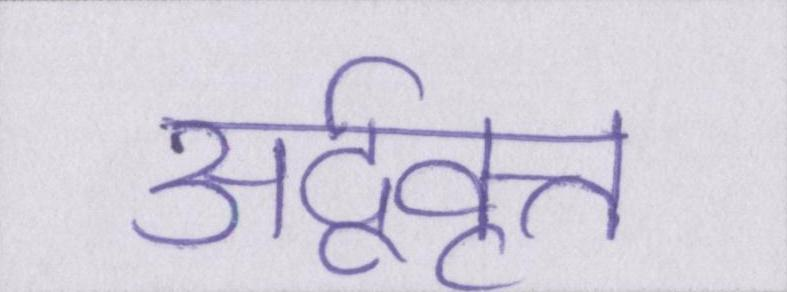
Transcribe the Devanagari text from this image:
अर्द्ववृत्त